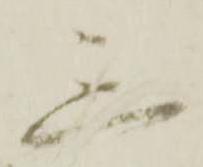
三